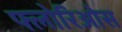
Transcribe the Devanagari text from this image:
फ्लोरिओस